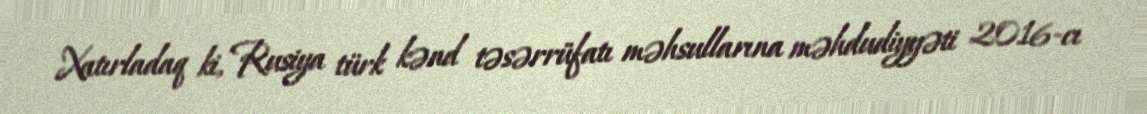
Xatırladaq ki, Rusiya türk kənd təsərrüfatı məhsullarına məhdudiyyəti 2016-cı